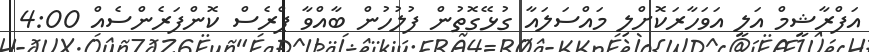
އަފްރާޝީމް އަލީ އަވަހާރަކޮށްލި މައްސަލައާ ގުޅޭގޮތުން ފުލުހުން ބާއްވާ ޕްރެސް ކޮންފަރެންސެއް 4:00